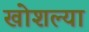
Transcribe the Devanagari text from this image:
खोशल्या